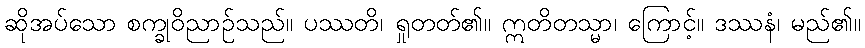
ဆိုအပ်သော စက္ခုဝိညာဉ်သည်။ ပဿတိ၊ ရှုတတ်၏။ ဣတိတသ္မာ၊ ကြောင့်။ ဒဿနံ၊ မည်၏။